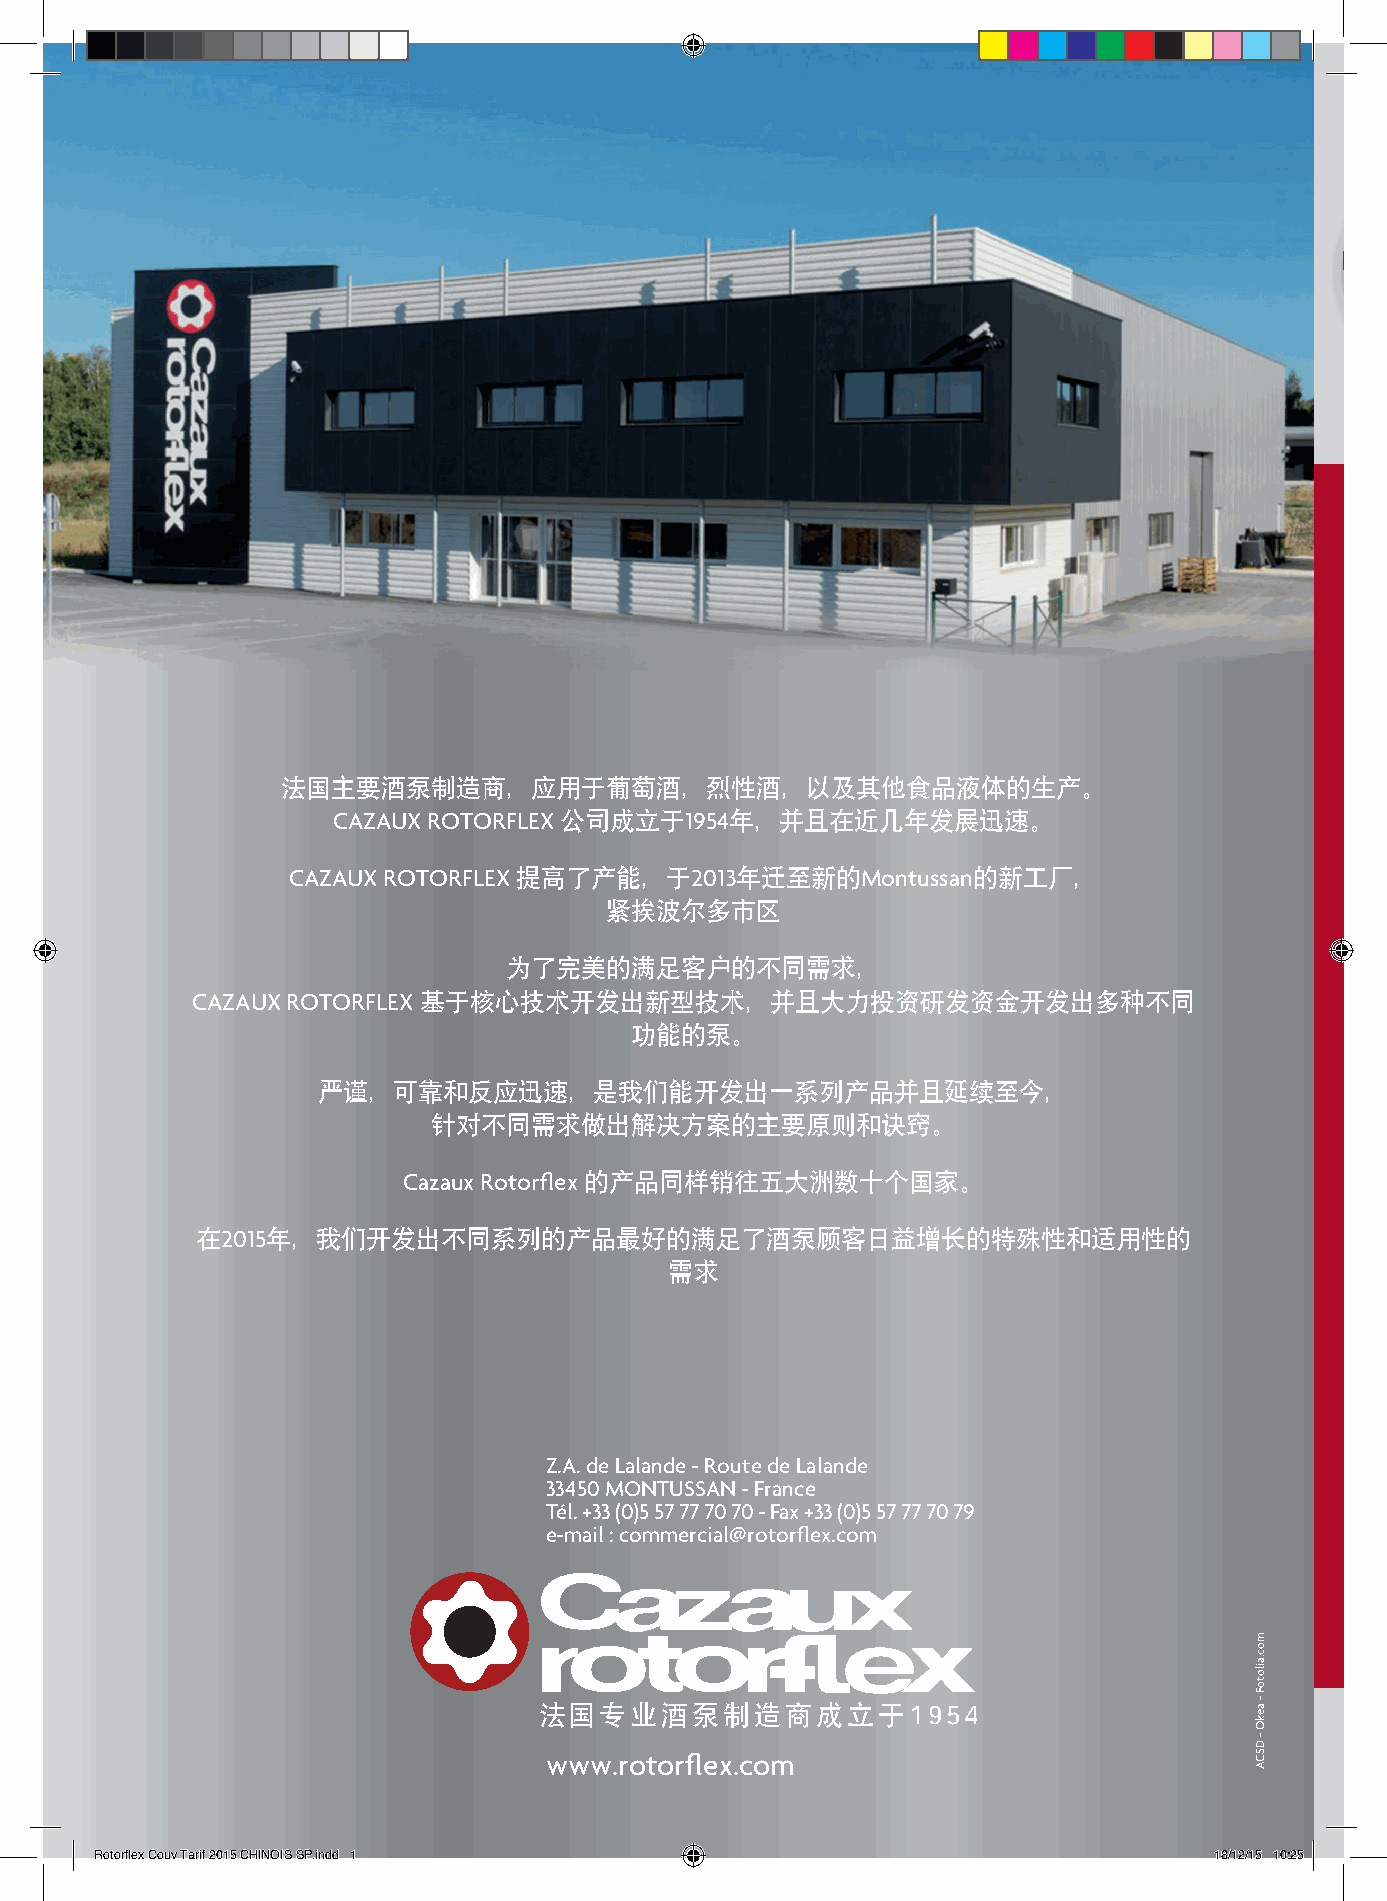
法国主要酒泵制造商，应用于葡萄酒，烈性酒，以及其他食品液体的生产。
 CAZAUX ROTORFLEX 公司成立于1954年，并且在近几年发展迅速。
 CAZAUX ROTORFLEX 提高了产能，于2013年迁至新的Montussan的新工厂，
 紧挨波尔多市区
 为了完美的满足客户的不同需求，
 CAZAUX ROTORFLEX 基于核心技术开发出新型技术，并且大力投资研发资金开发出多种不同
 功能的泵。
 严谨，可靠和反应迅速，是我们能开发出一系列产品并且延续至今，
 针对不同需求做出解决方案的主要原则和诀窍。
 Cazaux Rotorflex 的产品同样销往五大洲数十个国家。
 在2015年，我们开发出不同系列的产品最好的满足了酒泵顾客日益增长的特殊性和适用性的
 需求
 Z.A. de Lalande - Route de Lalande
 33450 MONTUSSAN - France
 Tél. +33 (0)5 57 77 70 70 - Fax +33 (0)5 57 77 70 79
 e-mail : commercial@rotorflex.com
 法国专业酒泵制造商成立于1954
 www.rotorflex.com
 Rotorflex Couv Tarif 2015 CHINOIS SP.indd 1                               18/12/15 10:25
 moc.ailotoF
 -
 aekO
 -
 DSCA